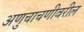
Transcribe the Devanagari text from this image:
अणुचाचणीवरील